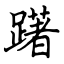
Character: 躇